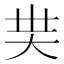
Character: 𡗿